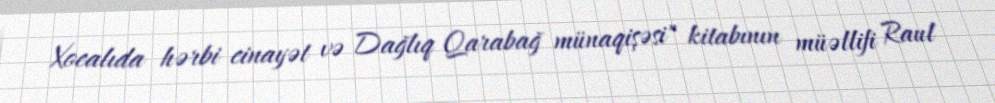
Xocalıda hərbi cinayət və Dağlıq Qarabağ münaqişəsi" kitabının müəllifi Raul